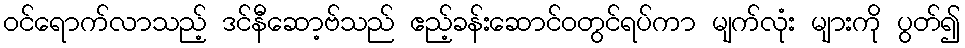
ဝင်ရောက်လာသည့် ဒင်နီဆော့ဗ်သည် ဧည့်ခန်းဆောင်ဝတွင်ရပ်ကာ မျက်လုံး များကို ပွတ်၍